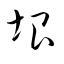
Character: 垠